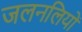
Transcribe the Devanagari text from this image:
जलनलियों